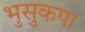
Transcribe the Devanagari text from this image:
भुसुकपा